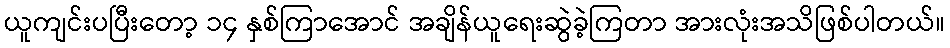
ယူကျင်းပပြီးတော့ ၁၄ နှစ်ကြာအောင် အချိန်ယူရေးဆွဲခဲ့ကြတာ အားလုံးအသိဖြစ်ပါတယ်။